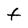
Character: t